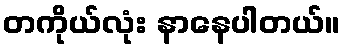
တကိုယ်လုံး နာနေပါတယ်။